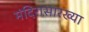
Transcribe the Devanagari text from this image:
मंदिरासारख्या